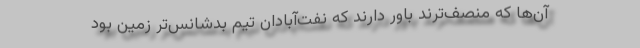
آن‌ها که منصف‌ترند باور دارند که نفت‌آبادان تیم بدشانس‌تر زمین بود